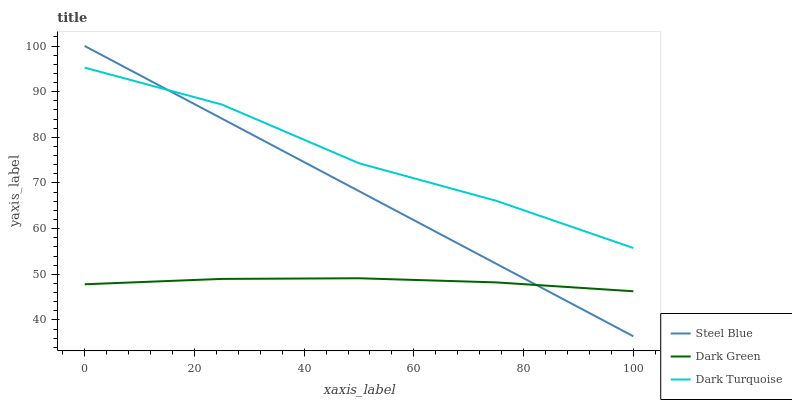
| xaxis_label | Steel Blue | Dark Green | Dark Turquoise |
 | --- | --- | --- | --- |
 | 0 | 100 | 47.8 | 95.3 |
 | 25 | 84.1 | 49 | 87.2 |
 | 50 | 68.2 | 49.1 | 74.3 |
 | 75 | 52.3 | 48.2 | 66.1 |
 | 100 | 36.4 | 46.3 | 55.8 |